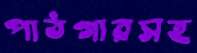
পাঠগারসহ